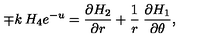
{ \mp k \: H _ { 4 } } { e \sp { - u } } = \frac { \partial H _ { 2 } } { \partial r } + \frac { 1 } { r } \: \frac { \partial H _ { 1 } } { \partial \theta } ,